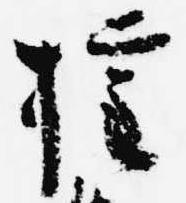
権